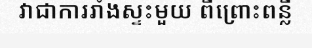
វាជាការរាំងស្ទះមួយ ពីព្រោះពន្លឺ